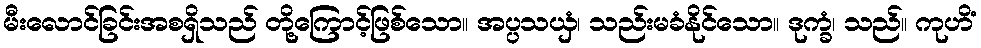
မီးလောင်ခြင်းအစရှိသည် တို့ကြောင့်ဖြစ်သော။ အပ္ပသယှံ၊ သည်းမခံနိုင်သော။ ဒုက္ခံ၊ သည်။ ကုဟိံ